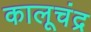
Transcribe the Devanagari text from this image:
कालूचंद्र